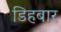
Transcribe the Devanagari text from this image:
डिहबार